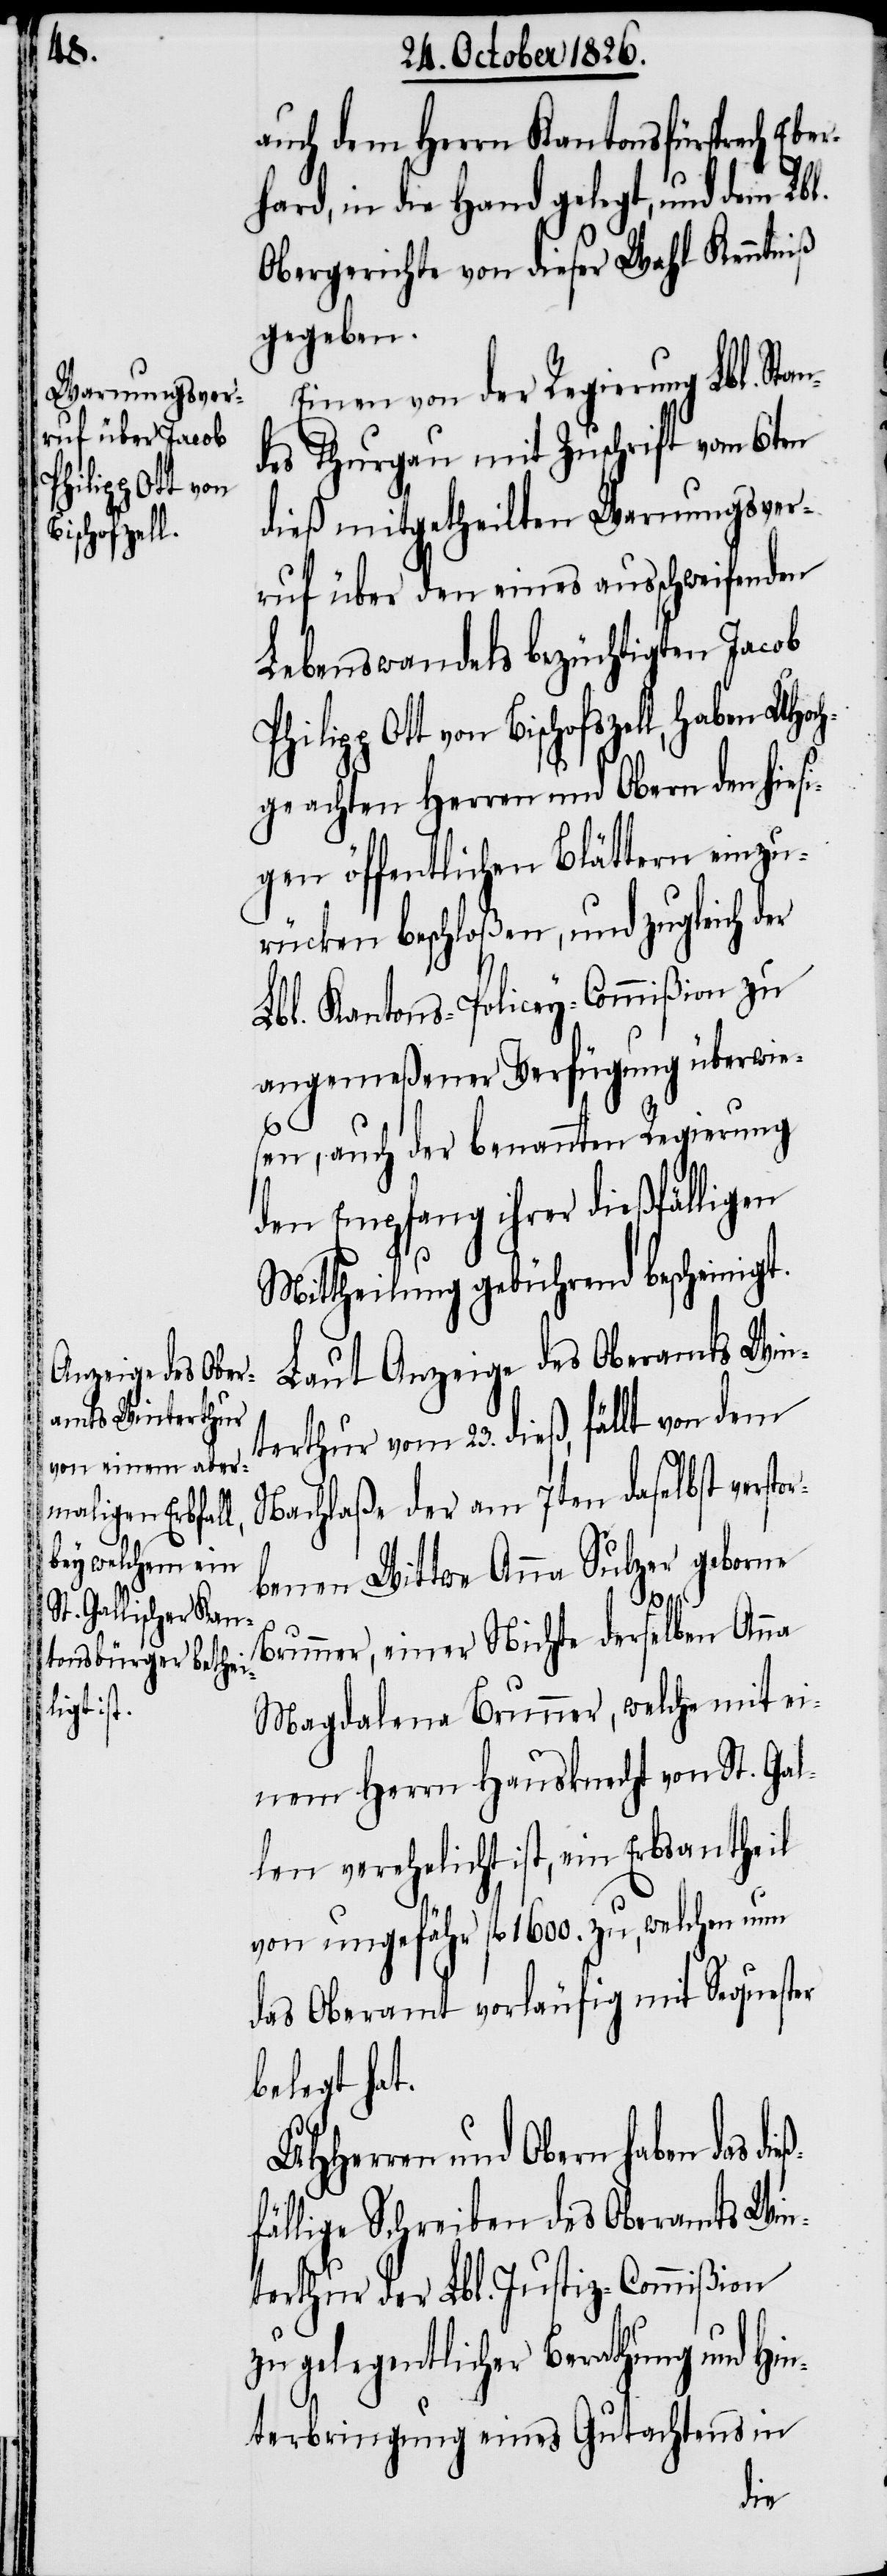
Philipp Ott von
Bischofszel¬
dieß¬

auch dem Herrn Kantonsfürsprech Eber¬
hard, in die Hand gelegt, und dem Lbl.
Obergerichte von dieser Wahl Kenntniß
gegeben.
Einen von der Regierung Lbl. Stan¬
des Thurgau mit Zuschrift vom 6ten
dieß mitgetheilten Warnungsver¬
ruf über den eines ausschweifenden
Lebenswandels bezüchtigten Jacob
l, haben UHoch¬
geachten Herren und Obern den hiesi¬
gen öffentlichen Blättern einzu¬
rücken beschloßen, und zugleich der
Lbl. Kantons-Policey-Commißion zu
angemeßener Verfügung überwie¬
sen, auch der benannten Regierung
den Empfang ihrer dießfälligen
Mittheilung gebührend bescheinigt.
Laut Anzeige des Oberamts Win¬
terthur vom 23. dieß, fällt von dem
Nachlaße der am 7ten daselbst versto¬
rbenen Wittwe Anna Sulzer geborne
Brunner, einer Nichte derselben Anna
Magdalena Brunner, welche mit ei¬
nem Herrn Hausknecht von St. Gal¬
len verehelicht ist, ein Erbsantheil
von ungefähr fl. 1600. zu, welchen nun
das Oberamt vorläufig mit Sequester
belegt hat.
UHHerren und Obern haben das
fällige Schreiben des Oberamts Win¬
terthur der Lbl. Justiz-Commißion
zu gelegentlicher Berathung und Hin¬
terbringung eines Gutachtens in